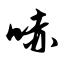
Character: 哧